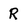
Character: R